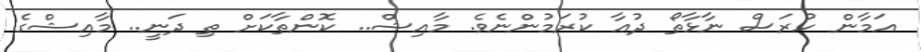
އަމާން ހުރަސް ނާޅާތޯ ދުޢާ ކުރަމުންނެވެ. މާއިޝް.. ކޮންތާކަށް ތި ދަނީ.. މާއިޝްގެ